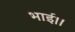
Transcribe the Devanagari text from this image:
भाई।।